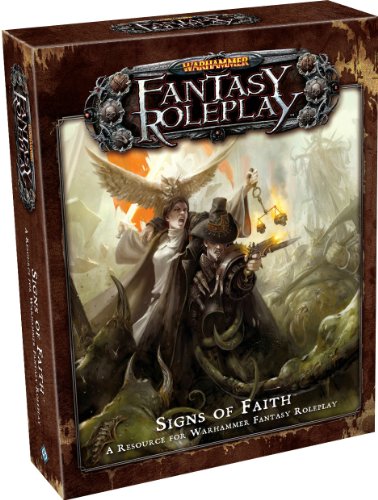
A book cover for Warhammer Fantasy Roleplay: Signs of Faith; Fantasy Flight Games; Science Fiction & Fantasy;